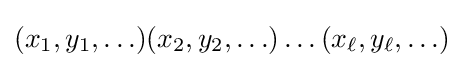
(x_{1},y_{1},\ldots )(x_{2},y_{2},\ldots )\ldots (x_{\ell },y_{\ell },\ldots )